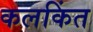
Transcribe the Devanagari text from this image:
कलकिंत